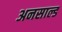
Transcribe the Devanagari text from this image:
अनसाल्ड